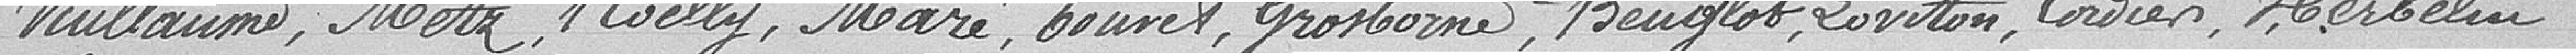
Villaumé, Metz, Roelly, Maré, Louvel, Grosborne, Beuglot, Euvilon, Cordier, Herbelin,